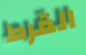
القرط